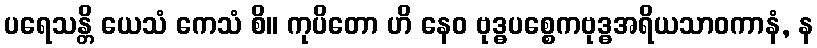
ပရေသန္တိ ယေသံ ကေသံ စိ။ ကုပိတော ဟိ နေဝ ဗုဒ္ဓပစ္စေကဗုဒ္ဓအရိယသာဝကာနံ, န